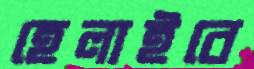
হেলাইবে